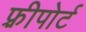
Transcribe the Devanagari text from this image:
फ़्रीपोर्ट